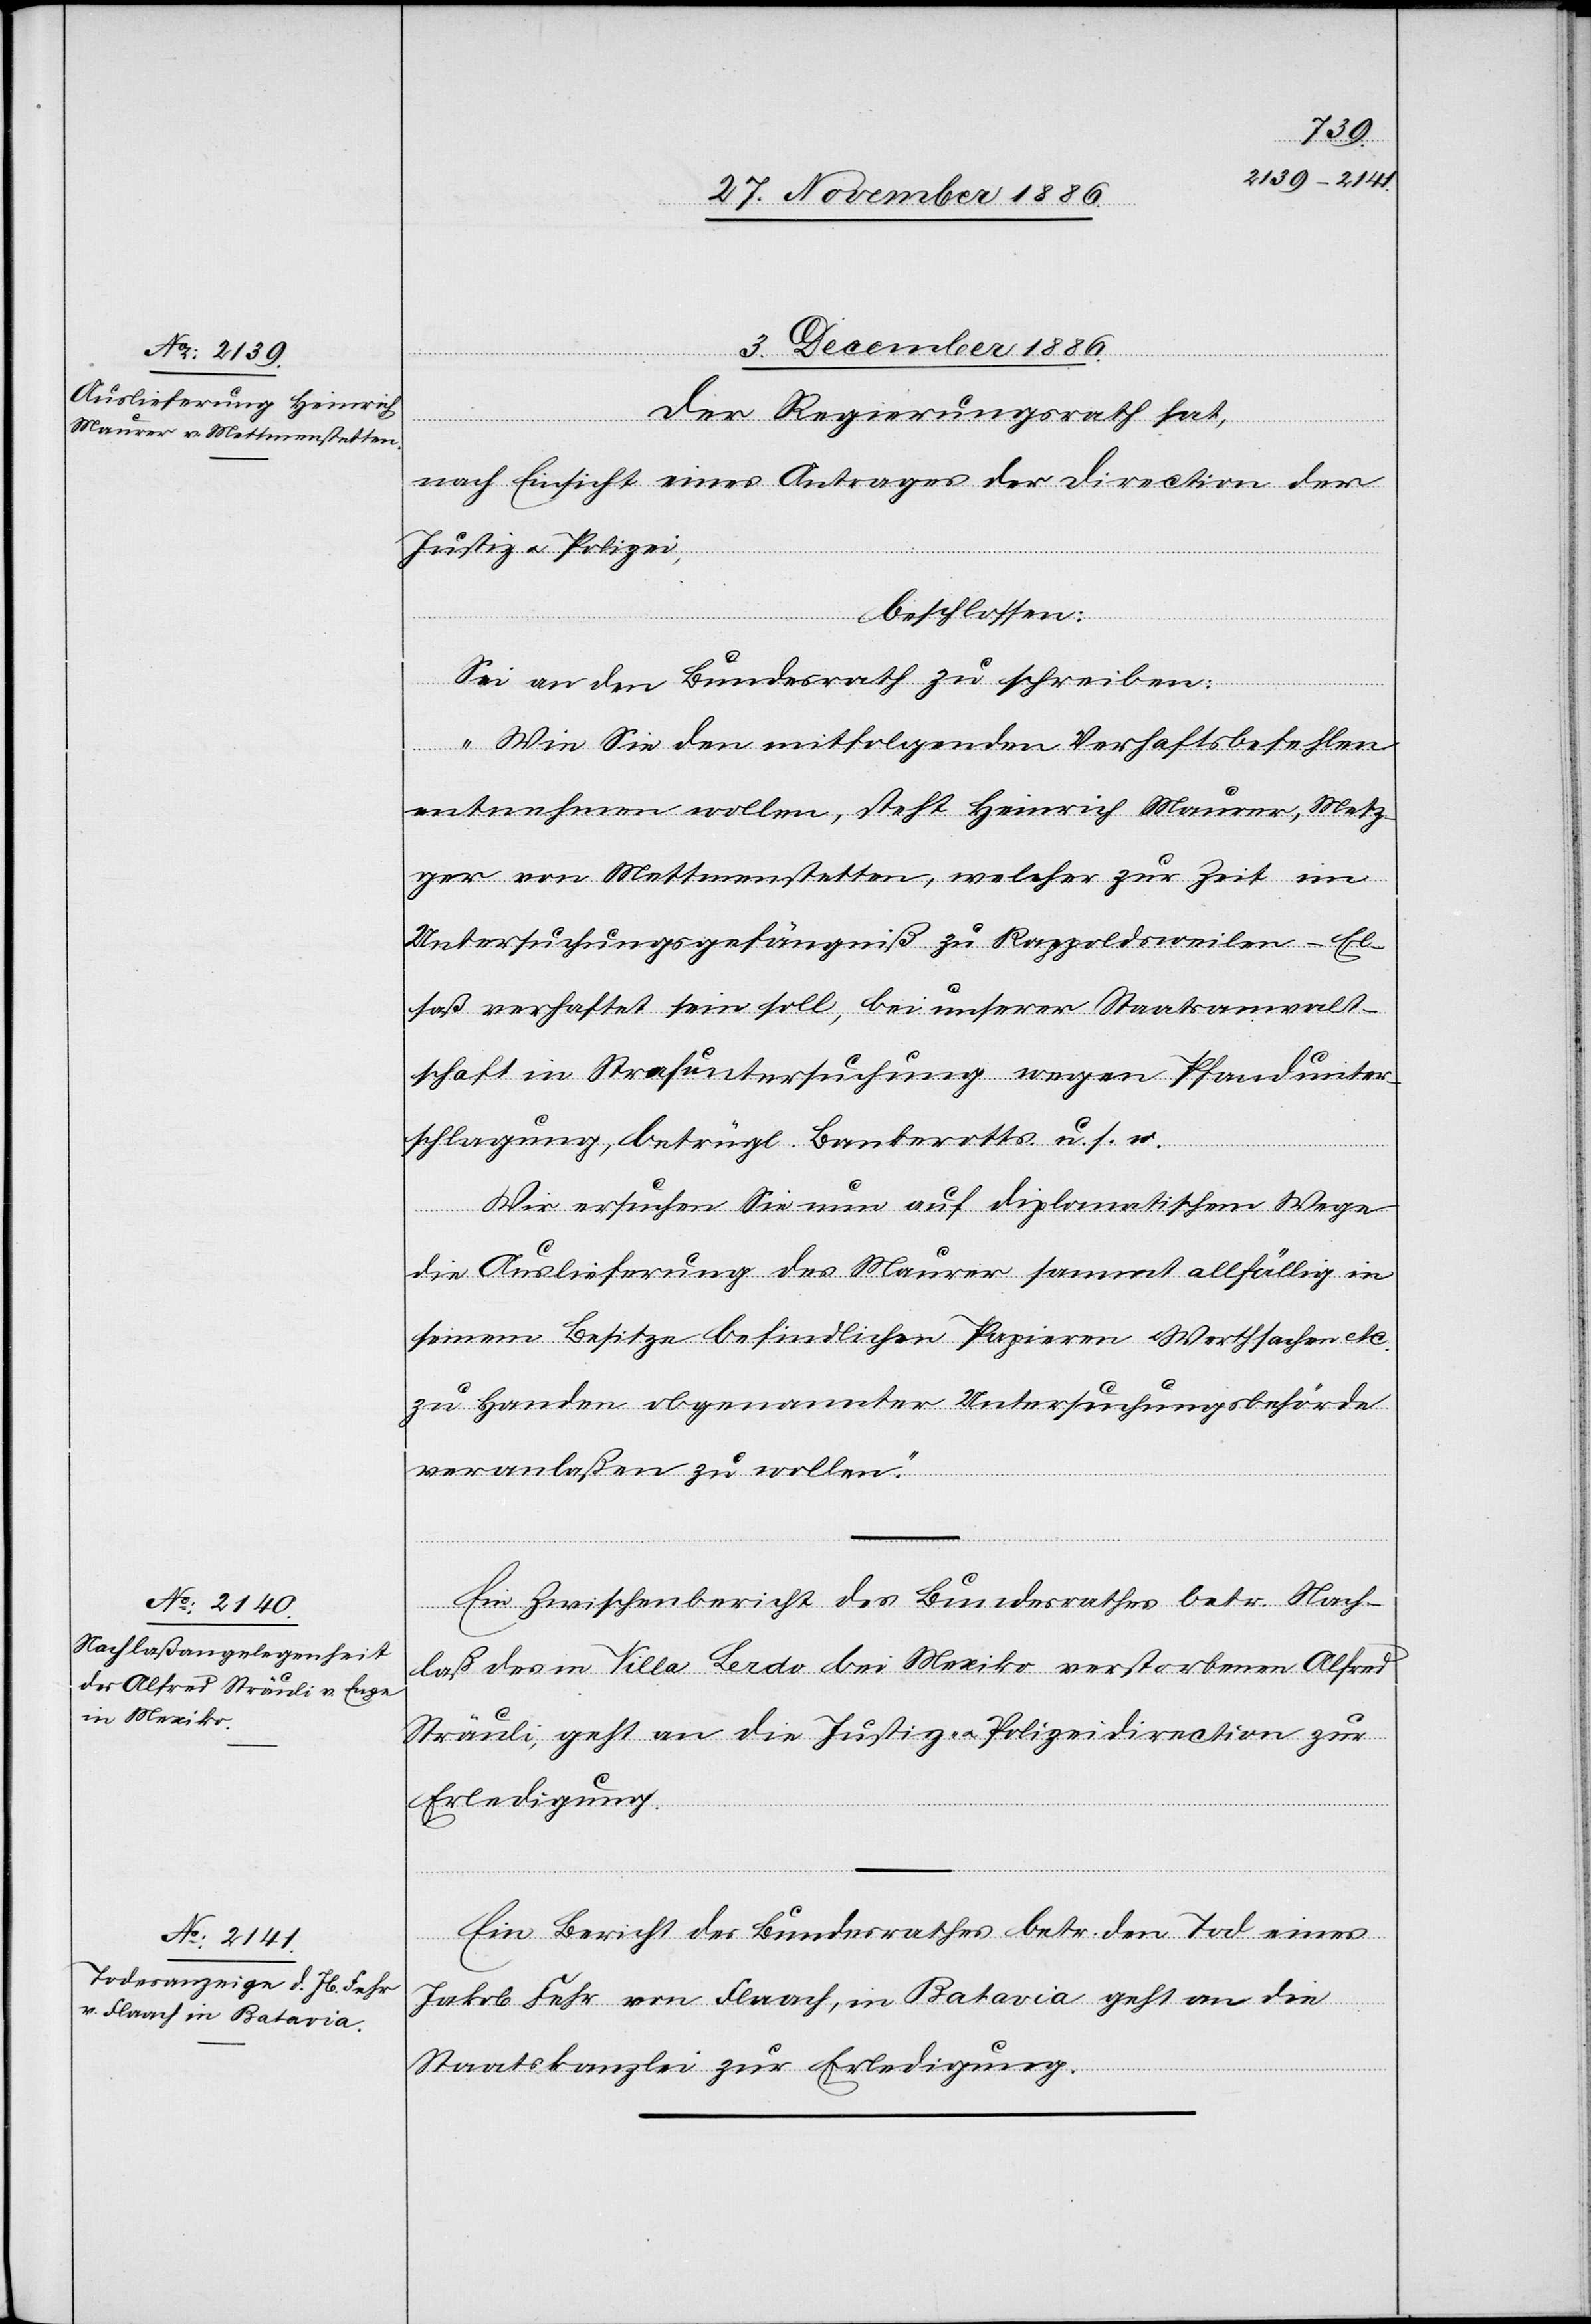
3. December 1886.]
Der Regierungsrath hat,
nach Einsicht eines Antrages der Direction der
Justiz & Polizei,
beschlossen:
Sei an den Bundesrath zu schreiben:
„Wie Sie den mitfolgenden Verhaftsbefehlen
entnehmen wollen, steht Heinrich Maurer, Metz¬
ger von Mettmenstetten, welcher zur Zeit im
Untersuchungsgefängniß zu Rappoldsweiler - El¬
saß verhaftet sein soll, bei unserer Staatsanwalt¬
schaft in Strafuntersuchung wegen Pfandunter¬
schlagung, betrügl. Bankerotts. u. s. w.
Wir ersuchen Sie nun auf diplomatischem Wege
die Auslieferung des Maurer sammt allfällig in
seinem Besitze befindlichen Papieren Werthsachen etc.
zu Handen obgenannter Untersuchungsbehörde
veranlaßen zu wollen.“
Ein Zwischenbericht des Bundesrathes betr. Nach¬
laß des in Villa Lerdo bei Mexiko verstorbenen Alfred
Sträuli, geht an die Justiz- & Polizeidirection zur
rfügungen.
Erledigung.
Ein Bericht des Bundesrathes betr. den Tod eines
Jakob Fehr von Flaach, in Batavia geht an die
Staatskanzlei zur Erledigung.